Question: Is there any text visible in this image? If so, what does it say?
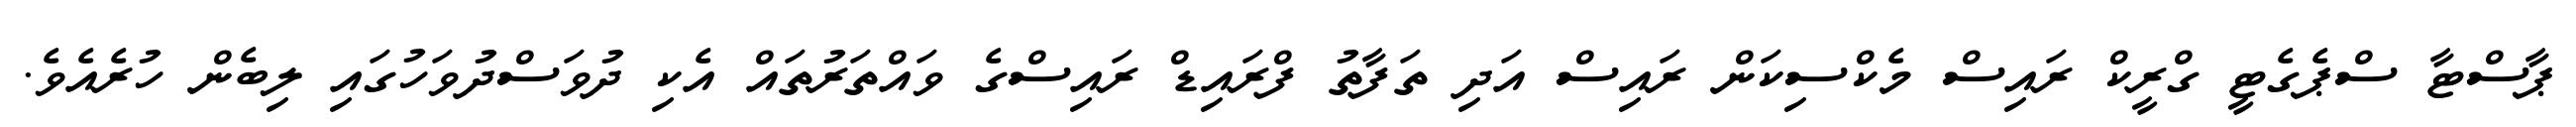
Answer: ޕާސްޓާ ސްޕެގެޓީ ގްރީކް ރައިސް މެކްސިކަން ރައިސް އަދި ތަފާތު ފްރައިޑް ރައިސްގެ ވައްތަރުތައް އެކި ދުވަސްދުވަހުގައި ލިބެން ހުރެއެވެ.